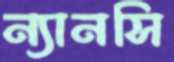
ন্যানসি